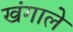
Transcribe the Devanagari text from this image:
खंगाले